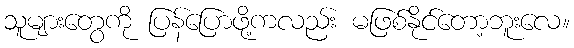
သူများတွေကို ပြန်ပြောဖို့ကလည်း မဖြစ်နိုင်တော့ဘူးလေ။